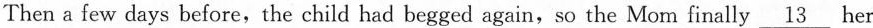
Then a few days before, the child had begged again, so the Mom finally \underline 13 her